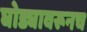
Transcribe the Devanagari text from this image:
घोड्यावरूनच